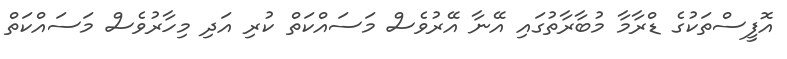
އޮފީސްތަކުގެ ޑްރާމާ މުބާރާތުގައި އޭނާ އޭރުވެސް މަސައްކަތް ކުރި އަދި މިހާރުވެސް މަސައްކަތް